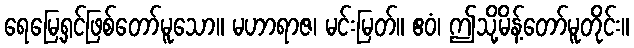
ရေမြေ့ရှင်ဖြစ်တော်မူသော။ မဟာရာဇ၊ မင်းမြတ်။ ဧဝံ၊ ဤသို့မိန့်တော်မူတိုင်း။